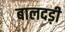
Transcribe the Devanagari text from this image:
बालदड़ी